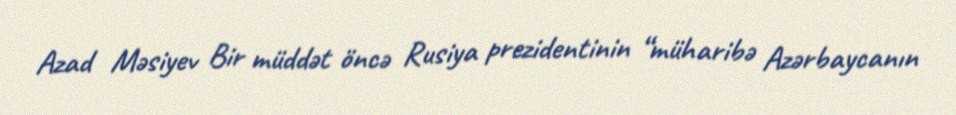
Azad Məsiyev Bir müddət öncə Rusiya prezidentinin “müharibə Azərbaycanın